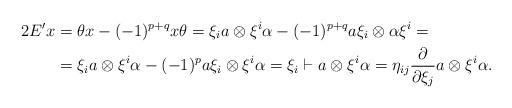
LaTeX: \begin{align*}2E'x&=\theta x-(-1)^{p+q}x\theta=\xi_ia\otimes \xi^i\alpha-(-1)^{p+q} a\xi_i\otimes \alpha\xi^i=\\&=\xi_ia\otimes \xi^i\alpha-(-1)^p a\xi_i\otimes \xi^i\alpha=\xi_i\vdash a\otimes \xi^i\alpha=\eta_{ij}\frac{\partial}{\partial \xi_j}a\otimes \xi^i\alpha.\end{align*}